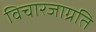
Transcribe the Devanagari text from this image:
विचारजाग्रति